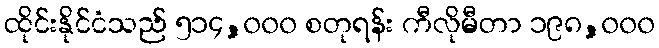
ထိုင်းနိုင်ငံသည် ၅၁၄,၀၀၀ စတုရန်း ကီလိုမီတာ ၁၉၈,၀၀၀